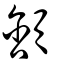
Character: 頷